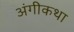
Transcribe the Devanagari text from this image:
अंगीकथा